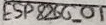
Text: ESP8266-01